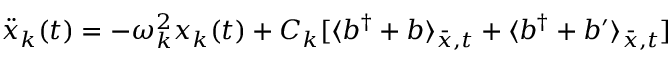
\ddot { x } _ { k } ( t ) = - \omega _ { k } ^ { 2 } x _ { k } ( t ) + C _ { k } [ \langle b ^ { \dagger } + b \rangle _ { \bar { x } , t } + \langle b ^ { \dagger } + b ^ { \prime } \rangle _ { \bar { x } , t } ]